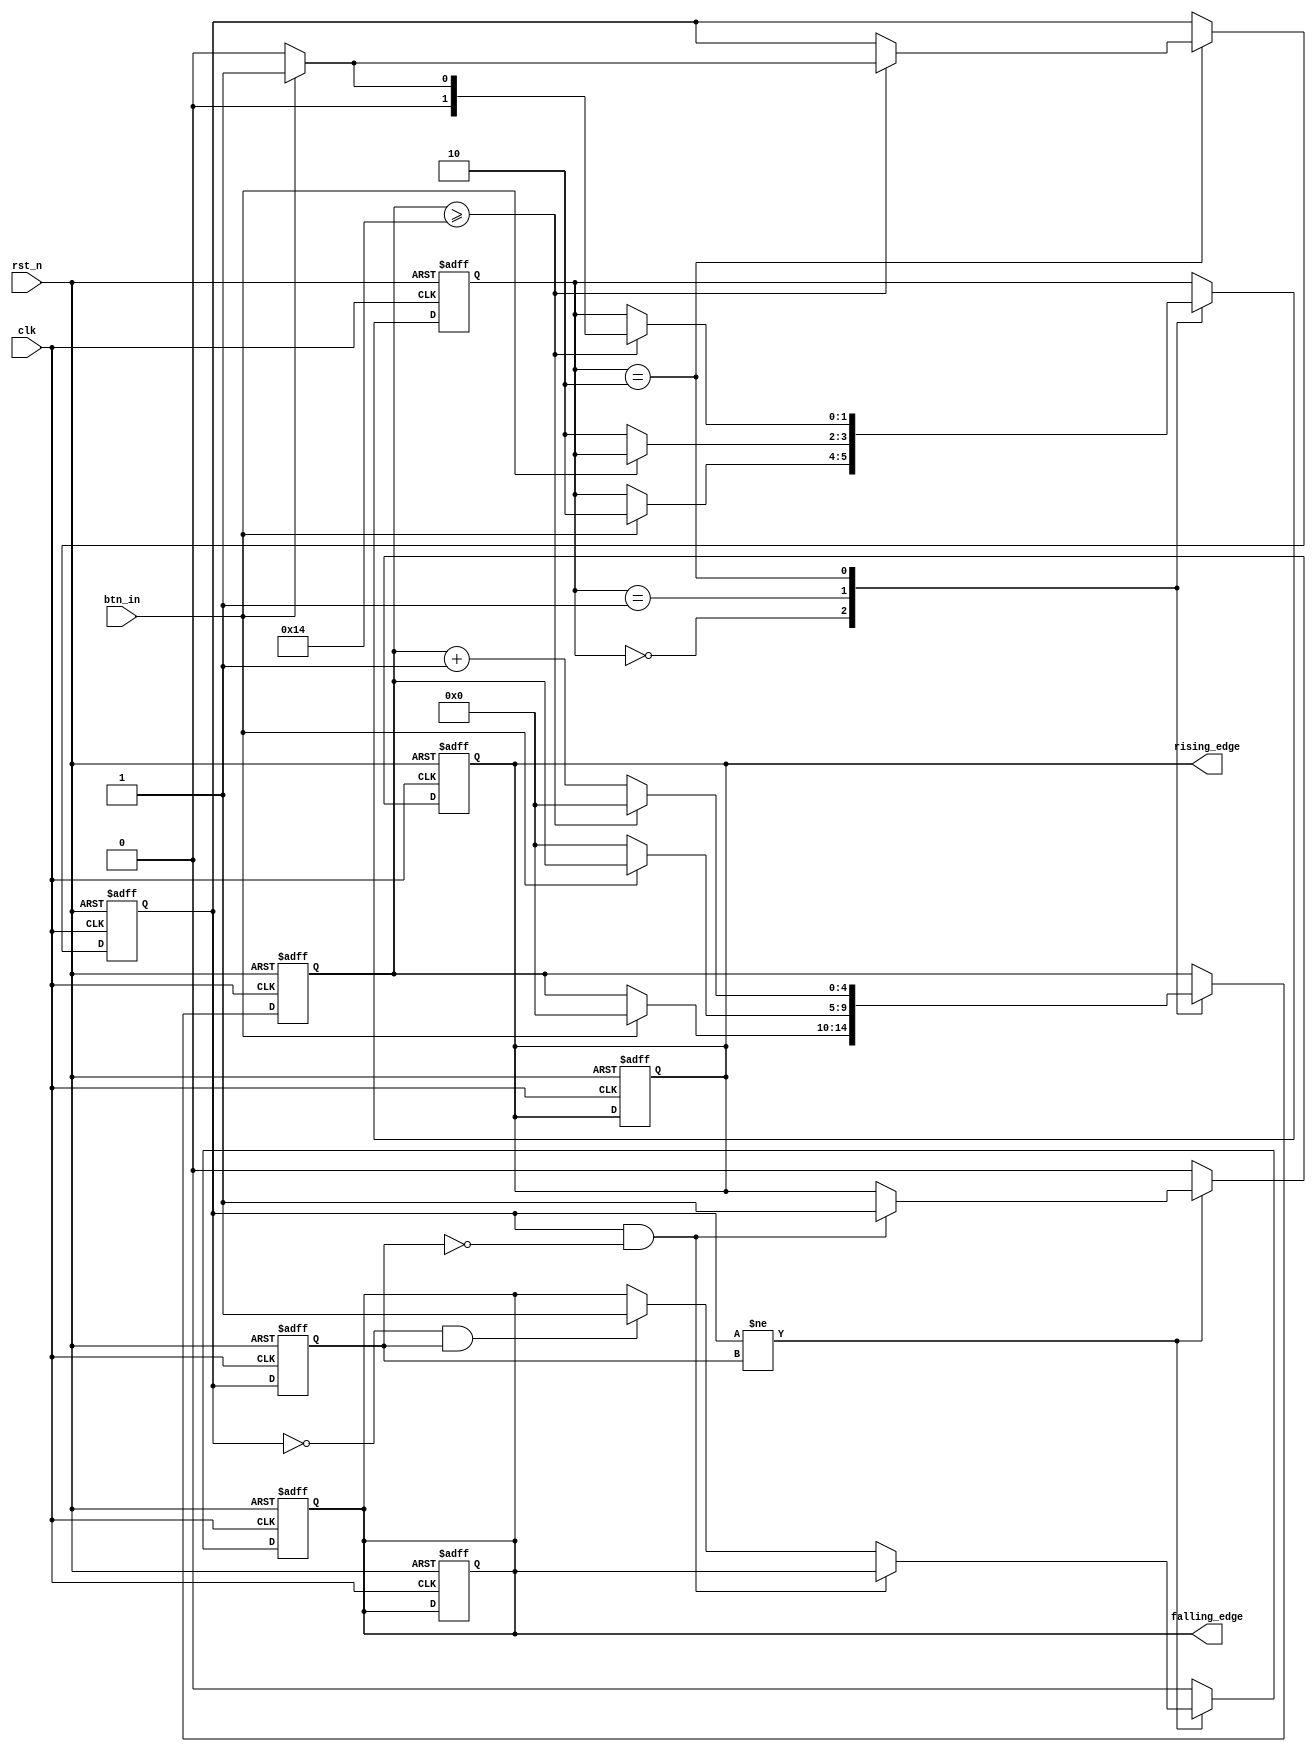
module DebouncedEdgeDetector (
    input wire clk,          // Clock input
    input wire rst_n,       // Active low reset
    input wire btn_in,      // Input signal (from mechanical switch)
    output reg rising_edge,  // Output pulse for rising edge
    output reg falling_edge  // Output pulse for falling edge
);

    // Parameters for debounce timing
    parameter DEBOUNCE_TIME = 20; // Adjust this value based on your clock frequency

    // State variables
    reg [1:0] state;           // Current state of the debouncer
    reg [1:0] next_state;      // Next state of the debouncer
    reg btn_stable;            // Debounced stable state of the button
    reg btn_stable_prev;       // Previous stable state of the button
    reg [4:0] debounce_counter; // Counter for debounce timing

    // State encoding
    localparam STABLE_LOW = 2'b00;
    localparam STABLE_HIGH = 2'b01;
    localparam BOUNCING = 2'b10;

    // Debouncing logic
    always @(posedge clk or negedge rst_n) begin
        if (!rst_n) begin
            state <= STABLE_LOW;
            debounce_counter <= 0;
            btn_stable <= 0;
            rising_edge <= 0;
            falling_edge <= 0;
        end else begin
            case (state)
                STABLE_LOW: begin
                    if (btn_in) begin
                        debounce_counter <= 0;
                        state <= BOUNCING;
                    end
                end

                STABLE_HIGH: begin
                    if (!btn_in) begin
                        debounce_counter <= 0;
                        state <= BOUNCING;
                    end
                end

                BOUNCING: begin
                    debounce_counter <= debounce_counter + 1;
                    if (debounce_counter >= DEBOUNCE_TIME) begin
                        if (btn_in) begin
                            btn_stable <= 1;
                            state <= STABLE_HIGH;
                        end else begin
                            btn_stable <= 0;
                            state <= STABLE_LOW;
                        end
                        debounce_counter <= 0; // Reset counter after debouncing
                    end
                end
            endcase
        end
    end

    // Edge detection logic
    always @(posedge clk or negedge rst_n) begin
        if (!rst_n) begin
            btn_stable_prev <= 0;
            rising_edge <= 0;
            falling_edge <= 0;
        end else begin
            // Detect edges
            if (btn_stable != btn_stable_prev) begin
                if (btn_stable && !btn_stable_prev) begin
                    rising_edge <= 1; // Rising edge detected
                end else if (!btn_stable && btn_stable_prev) begin
                    falling_edge <= 1; // Falling edge detected
                end
            end else begin
                rising_edge <= 0; // Reset rising edge pulse
                falling_edge <= 0; // Reset falling edge pulse
            end
            btn_stable_prev <= btn_stable; // Update previous stable state
        end
    end

endmodule